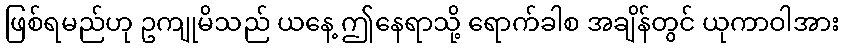
ဖြစ်ရမည်ဟု ဥကျုမိသည် ယနေ့ ဤနေရာသို့ ရောက်ခါစ အချိန်တွင် ယုကာဝါအား